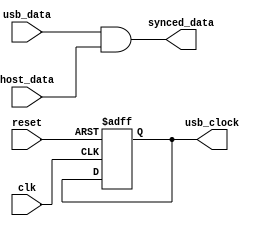
module usb_controller (
    input wire clk,
    input wire reset,
    input wire usb_data,
    input wire host_data,
    output reg usb_clock,
    output wire synced_data
);

// Timing logic to generate required clock cycles
always @ (posedge clk or posedge reset) begin
    if (reset) begin
        usb_clock <= 1'b0;
    end else begin
        // generate required clock cycles for USB transactions
        // add your timing logic here
    end
end

// Synchronization logic to align data signals
assign synced_data = (usb_data & host_data); // align data signals between host and device

// Handshaking signals for data transfers
// add your handshaking signals logic here

endmodule